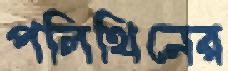
পলিথিনের